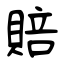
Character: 賠